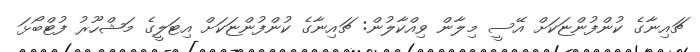
ޗައިނާގެ ކުންފުންޏަކަށް އޭސީ މިލާން ވިއްކާލުން: ޗައިނާގެ ކުންފުންޏަކަށް އިޓަލީގެ މަޝްހޫރު ފުޓްބޯޅަ